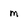
Character: m